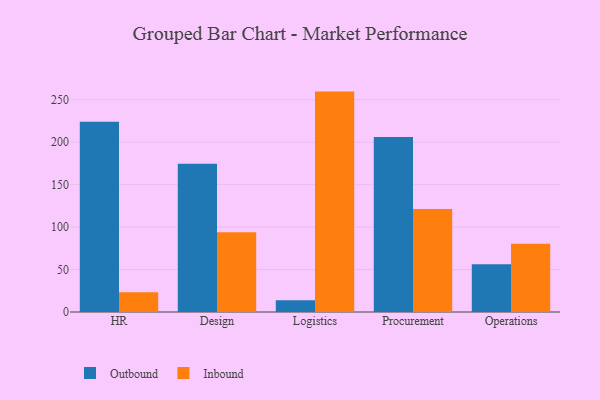
{"axis": {"x": "Department", "y": "Website Visitors"}, "legend": ["Inbound", "Outbound"], "data": [{"x": "HR", "y": 224.0, "type": "Outbound"}, {"x": "HR", "y": 23.3, "type": "Inbound"}, {"x": "Design", "y": 174.6, "type": "Outbound"}, {"x": "Design", "y": 93.8, "type": "Inbound"}, {"x": "Logistics", "y": 13.8, "type": "Outbound"}, {"x": "Logistics", "y": 259.5, "type": "Inbound"}, {"x": "Procurement", "y": 205.9, "type": "Outbound"}, {"x": "Procurement", "y": 121.2, "type": "Inbound"}, {"x": "Operations", "y": 56.3, "type": "Outbound"}, {"x": "Operations", "y": 80.5, "type": "Inbound"}]}